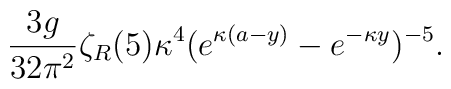
{3g\over 32\pi^2}\zeta_R(5)\kappa^4(e^{\kappa(a-y)}-e^{-\kappa y})^{-5}.